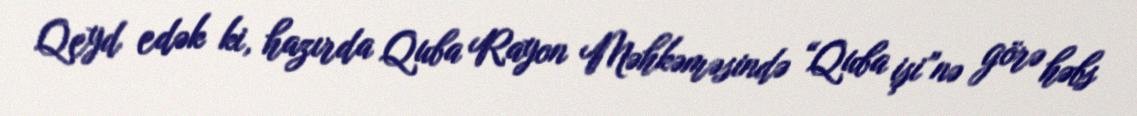
Qeyd edək ki, hazırda Quba Rayon Məhkəməsində “Quba işi”nə görə həbs